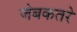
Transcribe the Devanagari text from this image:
जेबकतरे